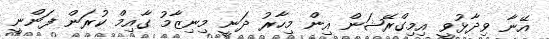
އޭނާ ވިދާޅުވީ އިމިގްރޭޝަން އިން މިހާރު ދަނީ މިނިޒާމު ގާއިމް ކުރަން ފަންނީ